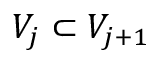
V _ { j } \subset V _ { j + 1 }